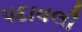
પદાવલી